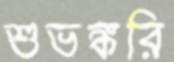
শুভঙ্করি